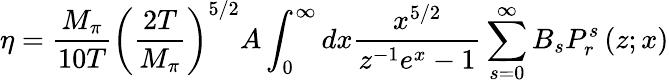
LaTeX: \eta=\frac{M_{\pi}}{10T}\left(\frac{2T}{M_{\pi}}\right)^{5/2}A\int_{0}^{\infty}dx\frac{x^{5/2}}{z^{-1}e^{x}-1}\sum_{s=0}^{\infty}B_{s}P_{r}^{s}\left(z;x\right)